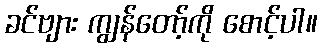
ခင်ဗျား ကျွန်တော့်ကို စောင့်ပါ။